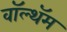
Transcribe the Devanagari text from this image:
वॉल्थॅम